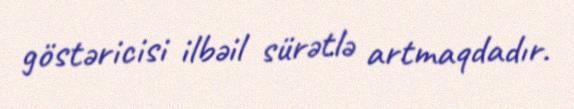
göstəricisi ilbəil sürətlə artmaqdadır.